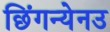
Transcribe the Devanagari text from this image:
छिंगन्येनउ